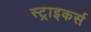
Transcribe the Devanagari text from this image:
स्‍ट्राइकर्स